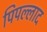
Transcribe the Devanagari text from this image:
पिपल्लाद